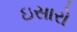
ઇસારો